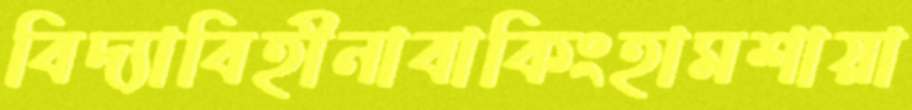
বিদ্যাবিহীনাবাকিংহামশায়া